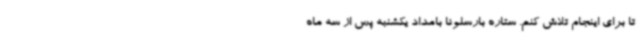
تا برای اینجام تلاش کنم. ستاره بارسلونا بامداد یکشنبه پس از سه ماه